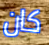
كان